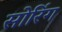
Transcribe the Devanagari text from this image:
सोरिंग